画像に写った文字を読んでください
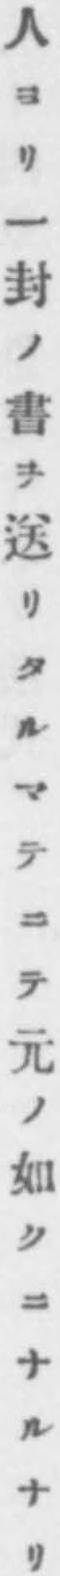
「人ヨリ一封ノ書ヲ送リタルマテニテ元ノ如クニナルナリ」と書いてあります